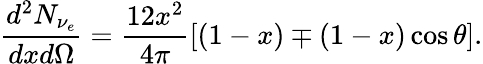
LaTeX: \frac{d^{2}N_{\nu_{e}}}{dxd\Omega}=\frac{12x^{2}}{4\pi}\left[(1-x)\mp(1-x)\cos\theta\right].